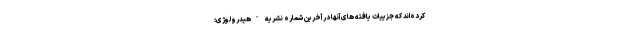
کرده‌اند که جزییات یافته های آنها در آخرین شماره نشریه "هیدرولوژی: